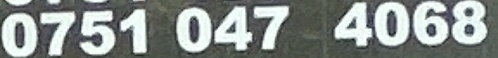
0751 047 4068